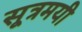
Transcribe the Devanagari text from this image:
सूत्रमयी